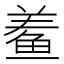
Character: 鲝